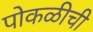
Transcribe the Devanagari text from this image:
पोकळीची